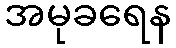
အမုခရေန